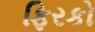
ફિરકો